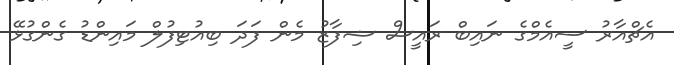
އެޗްއާރު ސީއެމްގެ ނައިބް ރައީސް ޝިފާޒު މެން ފަދަ ބިއުޓިފުލް މައިންޑު ގެންގުޅޭ